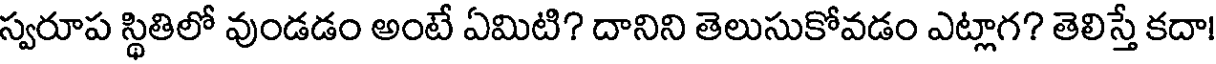
స్వరూప స్థితిలో వుండడం అంటే ఏమిటి? దానిని తెలుసుకోవడం ఎట్లాగ? తెలిస్తే కదా